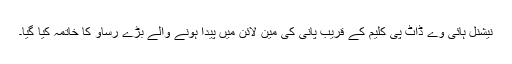
نیشنل ہائی وے ڈاٹ پی کلیم کے قریب پانی کی مین لائن میں پیدا ہونے والے بڑے رساو کا خاتمہ کیا گیا۔